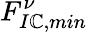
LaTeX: F_{I\mathbb{C},min}^{\nu}